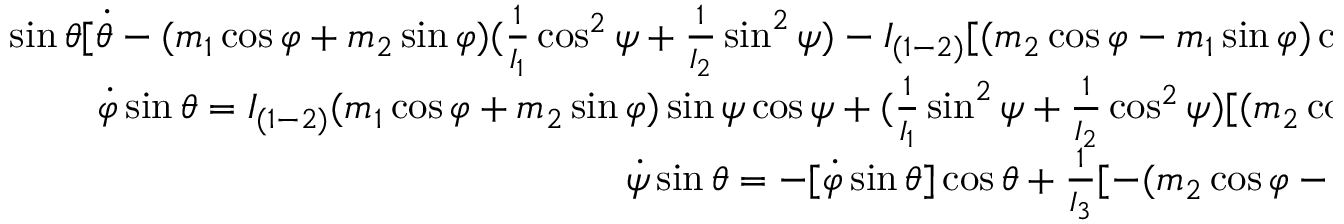
\begin{array} { r } { \sin \theta [ \dot { \theta } - ( m _ { 1 } \cos \varphi + m _ { 2 } \sin \varphi ) ( \frac { 1 } { I _ { 1 } } \cos ^ { 2 } \psi + \frac { 1 } { I _ { 2 } } \sin ^ { 2 } \psi ) - I _ { ( 1 - 2 ) } [ ( m _ { 2 } \cos \varphi - m _ { 1 } \sin \varphi ) \cos \theta + m _ { 3 } \sin \theta ] \sin \psi \cos \psi ] = 0 , \quad } \\ { \dot { \varphi } \sin \theta = I _ { ( 1 - 2 ) } ( m _ { 1 } \cos \varphi + m _ { 2 } \sin \varphi ) \sin \psi \cos \psi + ( \frac { 1 } { I _ { 1 } } \sin ^ { 2 } \psi + \frac { 1 } { I _ { 2 } } \cos ^ { 2 } \psi ) [ ( m _ { 2 } \cos \varphi - m _ { 1 } \sin \varphi ) \cos \theta + m _ { 3 } \sin \theta ] , \quad } \\ { \dot { \psi } \sin \theta = - [ \dot { \varphi } \sin \theta ] \cos \theta + \frac { 1 } { I _ { 3 } } [ - ( m _ { 2 } \cos \varphi - m _ { 1 } \sin \varphi ) \sin ^ { 2 } \theta + m _ { 3 } \sin \theta \cos \theta ] , \quad } \end{array}